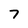
Character: 7